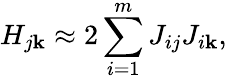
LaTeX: H_{j\mathbf{k}}\approx2\sum_{i=1}^{m}J_{ij}J_{i\mathbf{k}},